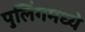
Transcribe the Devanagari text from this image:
पुलिंगमध्ये